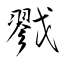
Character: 戮